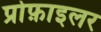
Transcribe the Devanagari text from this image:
प्रोफ़ाइलर